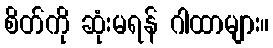
စိတ်ကို ဆုံးမရန် ဂါထာများ။